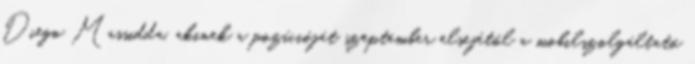
Diego Massidda, akinek a pozícióját szeptember elsejétől a mobilszolgáltató